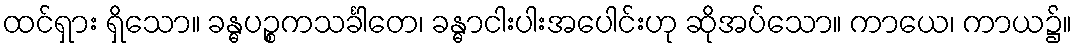
ထင်ရှား ရှိသော။ ခန္ဓပဉ္စကသင်္ခါတေ၊ ခန္ဓာငါးပါးအပေါင်းဟု ဆိုအပ်သော။ ကာယေ၊ ကာယ၌။